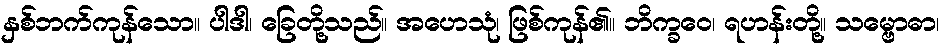
နှစ်ဘက်ကုန်သော။ ပါဒါ၊ ခြေတို့သည်။ အဟေသုံ၊ ဖြစ်ကုန်၏။ ဘိက္ခဝေ၊ ရဟန်းတို့။ သမ္ဗောဓာ၊